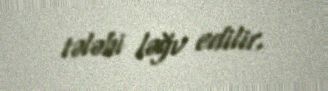
tələbi ləğv edilir.